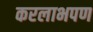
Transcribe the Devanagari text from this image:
करलाभपण